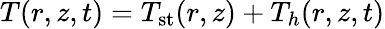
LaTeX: T(r,z,t)=T_{\textrm{st}}(r,z)+T_{h}(r,z,t)